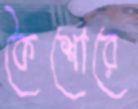
কৈশোরে